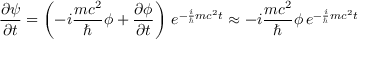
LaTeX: { \frac { \partial \psi } { \partial t } } = \left( - i { \frac { m c ^ { 2 } } { \hbar } } \phi + { \frac { \partial \phi } { \partial t } } \right) \, e ^ { - { \frac { i } { \hbar } } m c ^ { 2 } t } \approx - i { \frac { m c ^ { 2 } } { \hbar } } \phi \, e ^ { - { \frac { i } { \hbar } } m c ^ { 2 } t }